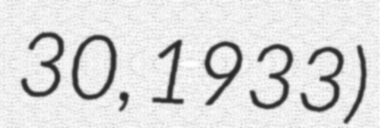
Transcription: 30, 1933)